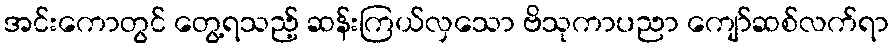
အင်းကောတွင် တွေ့ရသည့် ဆန်းကြယ်လှသော ဗိသုကာပညာ ကျော်ဆစ်လက်ရာ